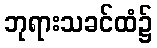
ဘုရားသခင်ထံ၌